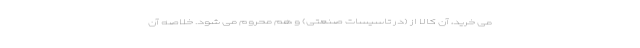
می خرید، آن کالا از (در تاسیسات صنعتی) و هم محروم می شود. خلاصه آن